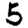
Digit: 5